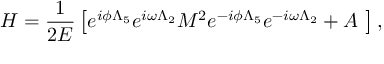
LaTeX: H = \frac 1 { 2 E } \left[ e ^ { i \phi \Lambda _ { 5 } } e ^ { i \omega \Lambda _ { 2 } } M ^ { 2 } e ^ { - i \phi \Lambda _ { 5 } } e ^ { - i \omega \Lambda _ { 2 } } + A \ \right] ,